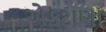
એકટાણા